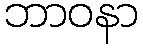
ဘာဝနာ